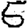
Digit: 5